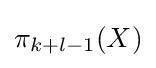
\pi _{k+l-1}(X)